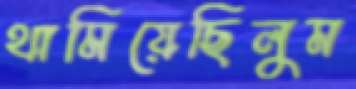
থামিয়েছিলুম